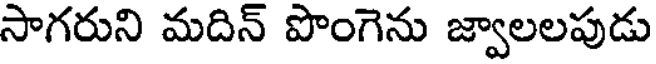
సాగరుని మదిన్ పొంగెను జ్వాలలపుడు